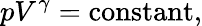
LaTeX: pV^{\gamma}={\mathrm{constant}},